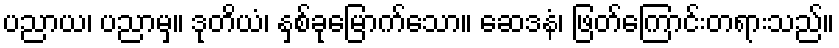
ပညာယ၊ ပညာမှ။ ဒုတိယံ၊ နှစ်ခုမြောက်သော။ ဆေဒနံ၊ ဖြတ်ကြောင်းတရားသည်။